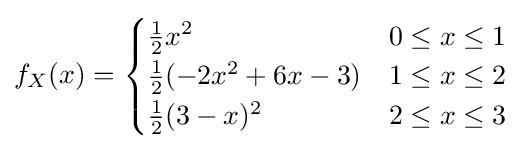
f_{X}(x)={\begin{cases}{\frac {1}{2}}x^{2}&0\leq x\leq 1\\{\frac {1}{2}}(-2x^{2}+6x-3)&1\leq x\leq 2\\{\frac {1}{2}}(3-x)^{2}&2\leq x\leq 3\end{cases}}